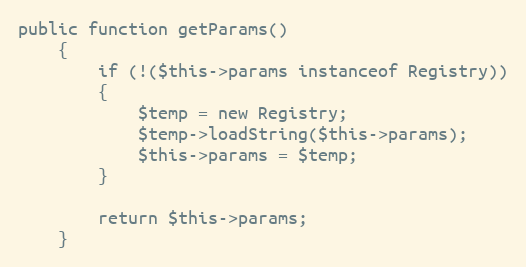
Language: PHP
public function getParams()
	{
		if (!($this->params instanceof Registry))
		{
			$temp = new Registry;
			$temp->loadString($this->params);
			$this->params = $temp;
		}

		return $this->params;
	}